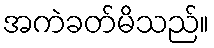
အကဲခတ်မိသည်။